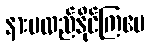
နားမလည်နိုင်ကြပေ